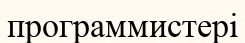
программистері